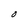
Character: O